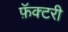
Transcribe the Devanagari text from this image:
फ़ॅक्टरी